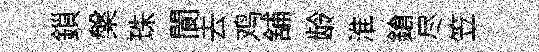
鎻槃珠閬去鸡舖龄淮鎗尽笠